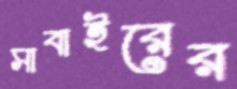
সাবাইরের